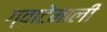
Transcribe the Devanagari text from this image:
ग्वाटेमाली